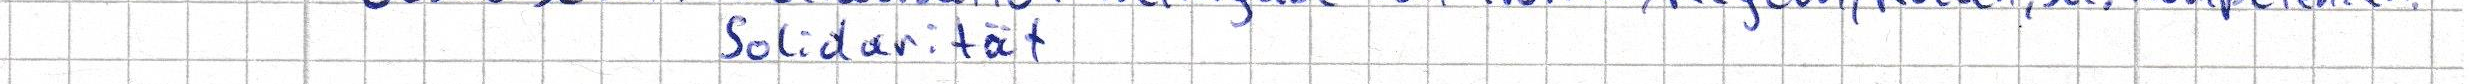
Solidarität